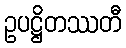
ဥပဋ္ဌိတဿတီ